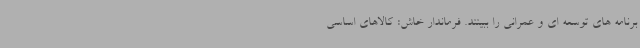
برنامه های توسعه ای و عمرانی را ببینند. فرماندار خاش: کالاهای اساسی